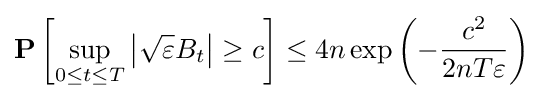
\mathbf {P} \left[\sup _{0\leq t\leq T}\left|{\sqrt {\varepsilon }}B_{t}\right|\geq c\right]\leq 4n\exp \left(-{\frac {c^{2}}{2nT\varepsilon }}\right)